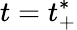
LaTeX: t=t_{+}^{*}